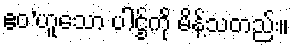
ဧဝ’ဟူသော ပါဌ်ကို မိန့်သတည်း။